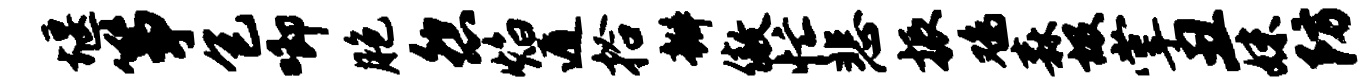
堰筝包唧胞怨焰遁拾瓣傲忙悲振鸡森圾掌丑妹防